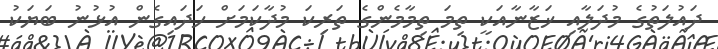
ދައުލަތުގެ މުދަލާއި ޚަޒާނާއަކީ ތިމަ ތިމާމެންގެ ތަރިކަ މުދާކަމަށް ހަދައިގެން އުޅުނު ބަޔަކު